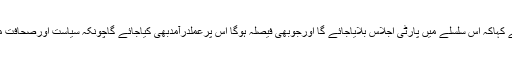
حمزہ شہبازنے گفتگو کرتے ہوئے کہاکہ اس سلسلے میں پارٹی اجلاس بلایاجائے گا اورجوبھی فیصلہ ہوگا اس پرعملدرآمدبھی کیاجائے گاچونکہ سیاست اورصحافت میں کوئی بھی حرف آخرنہیں ہوتا ۔